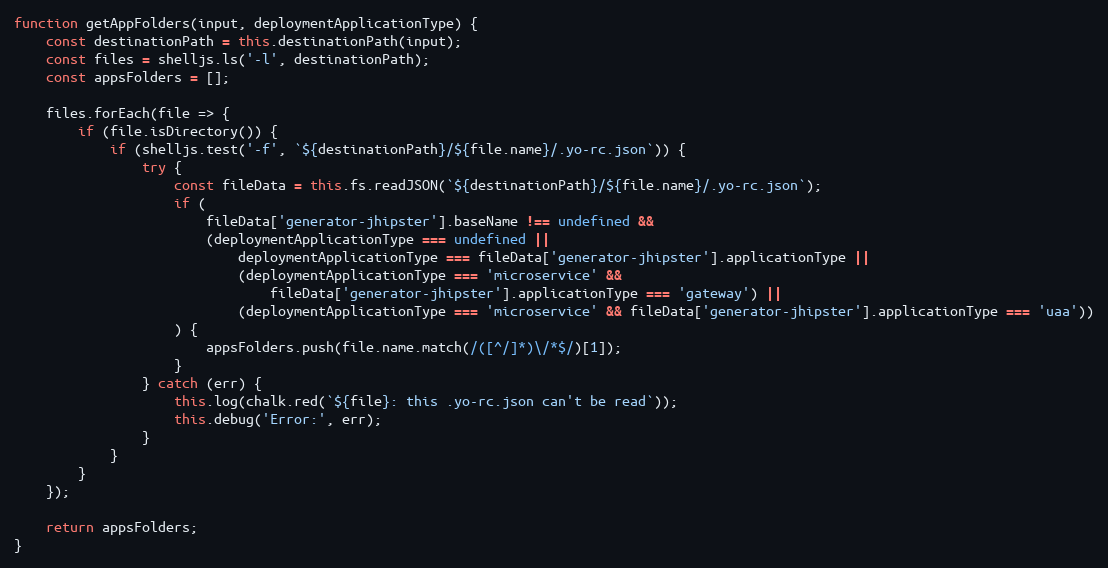
Language: JavaScript
function getAppFolders(input, deploymentApplicationType) {
    const destinationPath = this.destinationPath(input);
    const files = shelljs.ls('-l', destinationPath);
    const appsFolders = [];

    files.forEach(file => {
        if (file.isDirectory()) {
            if (shelljs.test('-f', `${destinationPath}/${file.name}/.yo-rc.json`)) {
                try {
                    const fileData = this.fs.readJSON(`${destinationPath}/${file.name}/.yo-rc.json`);
                    if (
                        fileData['generator-jhipster'].baseName !== undefined &&
                        (deploymentApplicationType === undefined ||
                            deploymentApplicationType === fileData['generator-jhipster'].applicationType ||
                            (deploymentApplicationType === 'microservice' &&
                                fileData['generator-jhipster'].applicationType === 'gateway') ||
                            (deploymentApplicationType === 'microservice' && fileData['generator-jhipster'].applicationType === 'uaa'))
                    ) {
                        appsFolders.push(file.name.match(/([^/]*)\/*$/)[1]);
                    }
                } catch (err) {
                    this.log(chalk.red(`${file}: this .yo-rc.json can't be read`));
                    this.debug('Error:', err);
                }
            }
        }
    });

    return appsFolders;
}